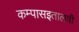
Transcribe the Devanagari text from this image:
कम्पासइतालवी